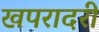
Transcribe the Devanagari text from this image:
खपरादरी